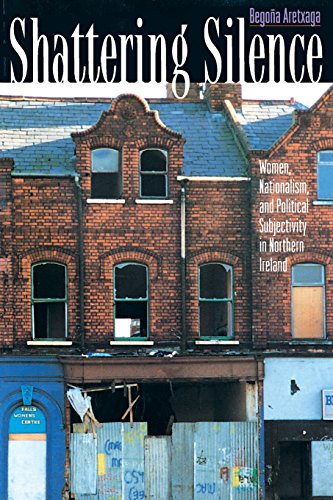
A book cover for Shattering Silence; BegoÃ±a Aretxaga; Gay & Lesbian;